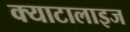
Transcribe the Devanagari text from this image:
क्याटालाइज